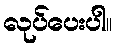
လုပ်ပေးပါ။